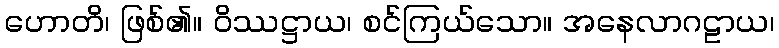
ဟောတိ၊ ဖြစ်၏။ ဝိဿဋ္ဌာယ၊ စင်ကြယ်သော။ အနေလာဂဠာယ၊